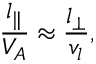
\frac { l _ { \| } } { V _ { A } } \approx \frac { l _ { \perp } } { v _ { l } } ,